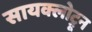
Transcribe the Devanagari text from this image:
सायक्लोट्रून